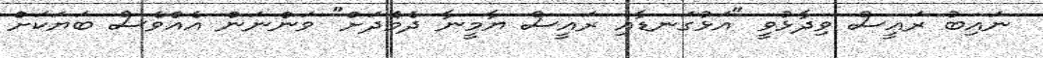
ނައިބު ރައީސް ވިދާޅުވީ "އަޅުގަނޑާއި ރައީސް ޔާމީނާ ދެމެދަށް" ވަންނަން އެއްވެސް ބަޔަކަށް